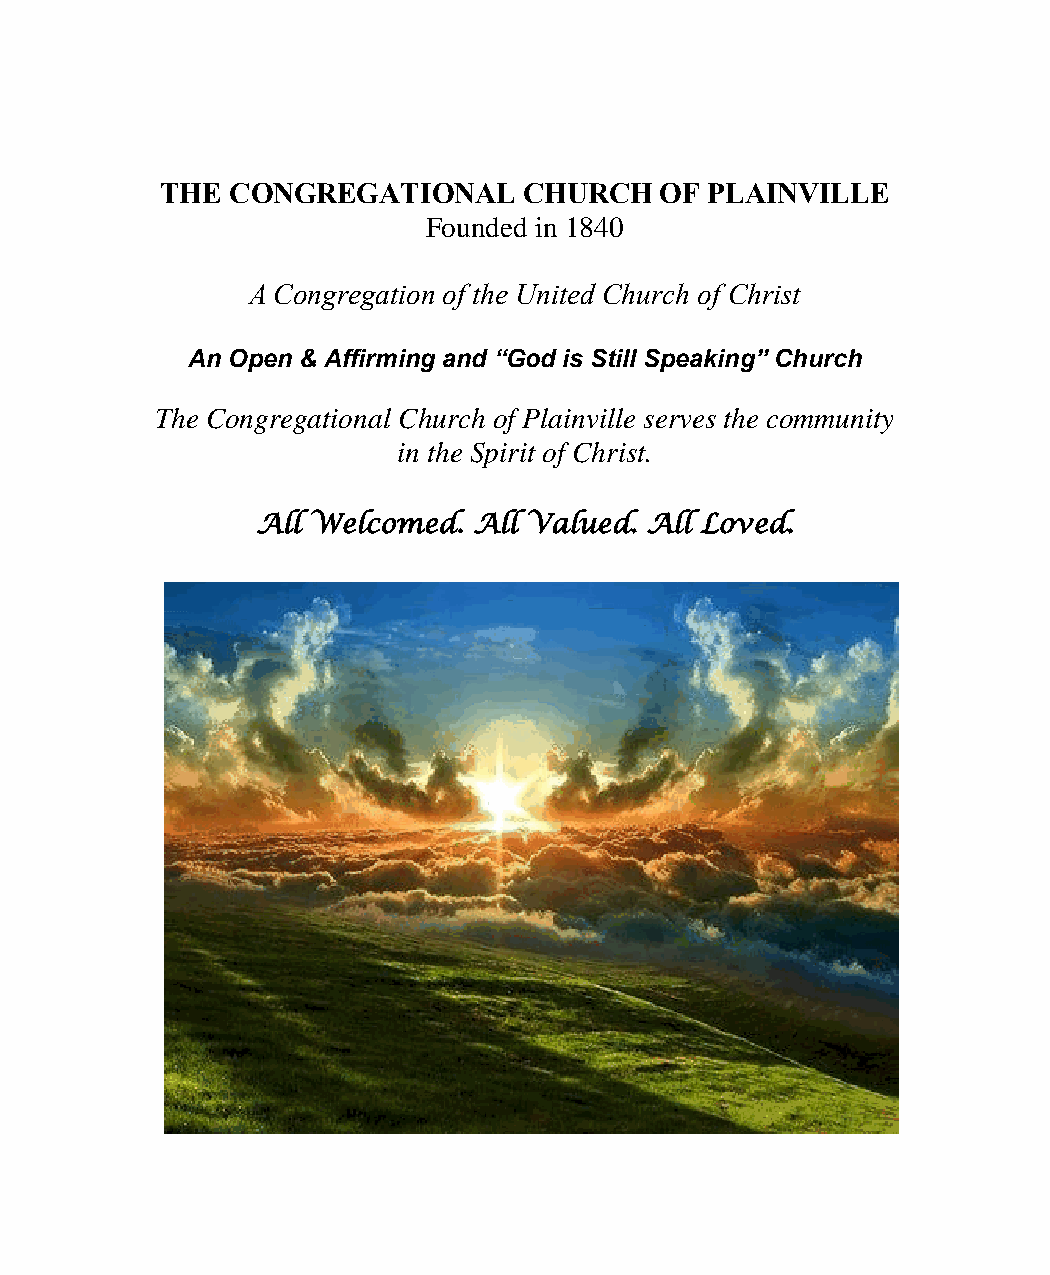
THE CONGREGATIONAL      CHURCH   OF PLAINVILLE
 Founded in 1840
 A Congregation of the United Church of Christ
 An Open & Affirming and “God is Still Speaking” Church
 The Congregational Church of Plainville serves the community
 in the Spirit of Christ.
 All Welcomed. All Valued. All Loved.